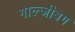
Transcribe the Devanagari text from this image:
गाल्जीबग